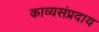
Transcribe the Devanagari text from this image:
काव्यसंप्रदाय